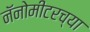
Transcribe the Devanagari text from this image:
नॅनोमीटरच्या